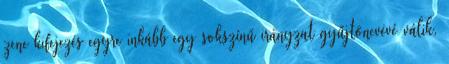
zene kifejezés egyre inkább egy sokszínű irányzat gyűjtőnevévé válik,